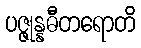
ပဇ္ဇုန္နဓီတရောတိ